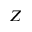
Z